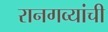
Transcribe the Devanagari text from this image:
रानगव्यांची